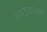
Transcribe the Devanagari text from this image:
अवटुवामनता